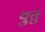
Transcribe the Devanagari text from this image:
युतु